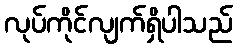
လုပ်ကိုင်လျက်ရှိပါသည်